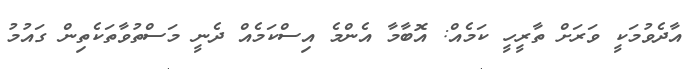
އާދެވުމަކީ ވަރަށް ތާރީހީ ކަމެއް: އޮބާމާ އެންމެ އިސްކަމެއް ދެނީ މަސްތުވާތަކެތިން ގައުމު